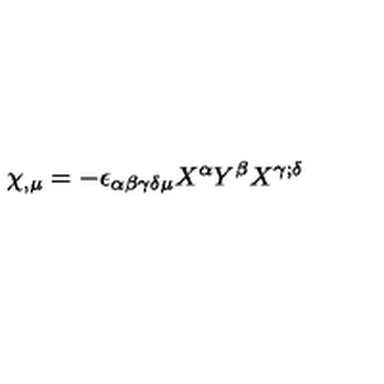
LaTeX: \chi _ { , \mu } = - \epsilon _ { \alpha \beta \gamma \delta \mu } X ^ { \alpha } Y ^ { \beta } X ^ { \gamma ; \delta }